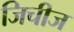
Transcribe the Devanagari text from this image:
जिचीज